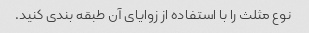
نوع مثلث را با استفاده از زوایای آن طبقه بندی کنید.